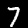
Label: 7